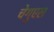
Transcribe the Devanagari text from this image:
चेगुएस